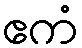
ဧကံ